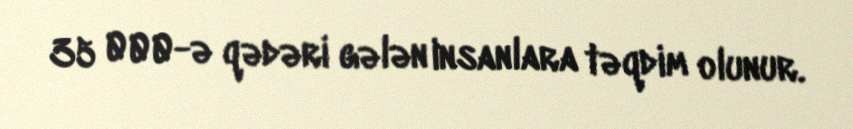
35 000-ə qədəri gələn insanlara təqdim olunur.